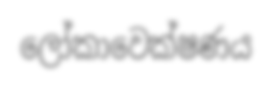
ලෝකාවෙක්ෂණය